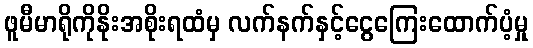
ဖူမီမာရိုကိုနိုးအစိုးရထံမှ လက်နက်နှင့်ငွေကြေးထောက်ပံ့မှု